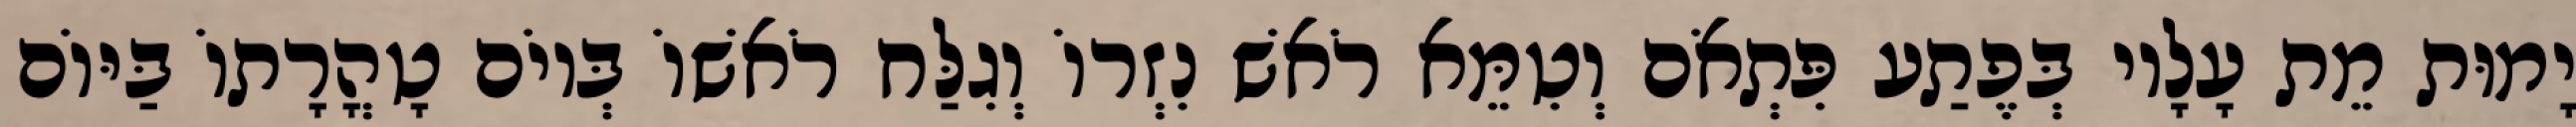
יָמוּת מֵת עָלָיו בְּפֶתַע פִּתְאֹם וְטִמֵּא רֹאשׁ נִזְרוֹ וְגִלַּח רֹאשׁוֹ בְּיוֹם טָהֳרָתוֹ בַּיּוֹם